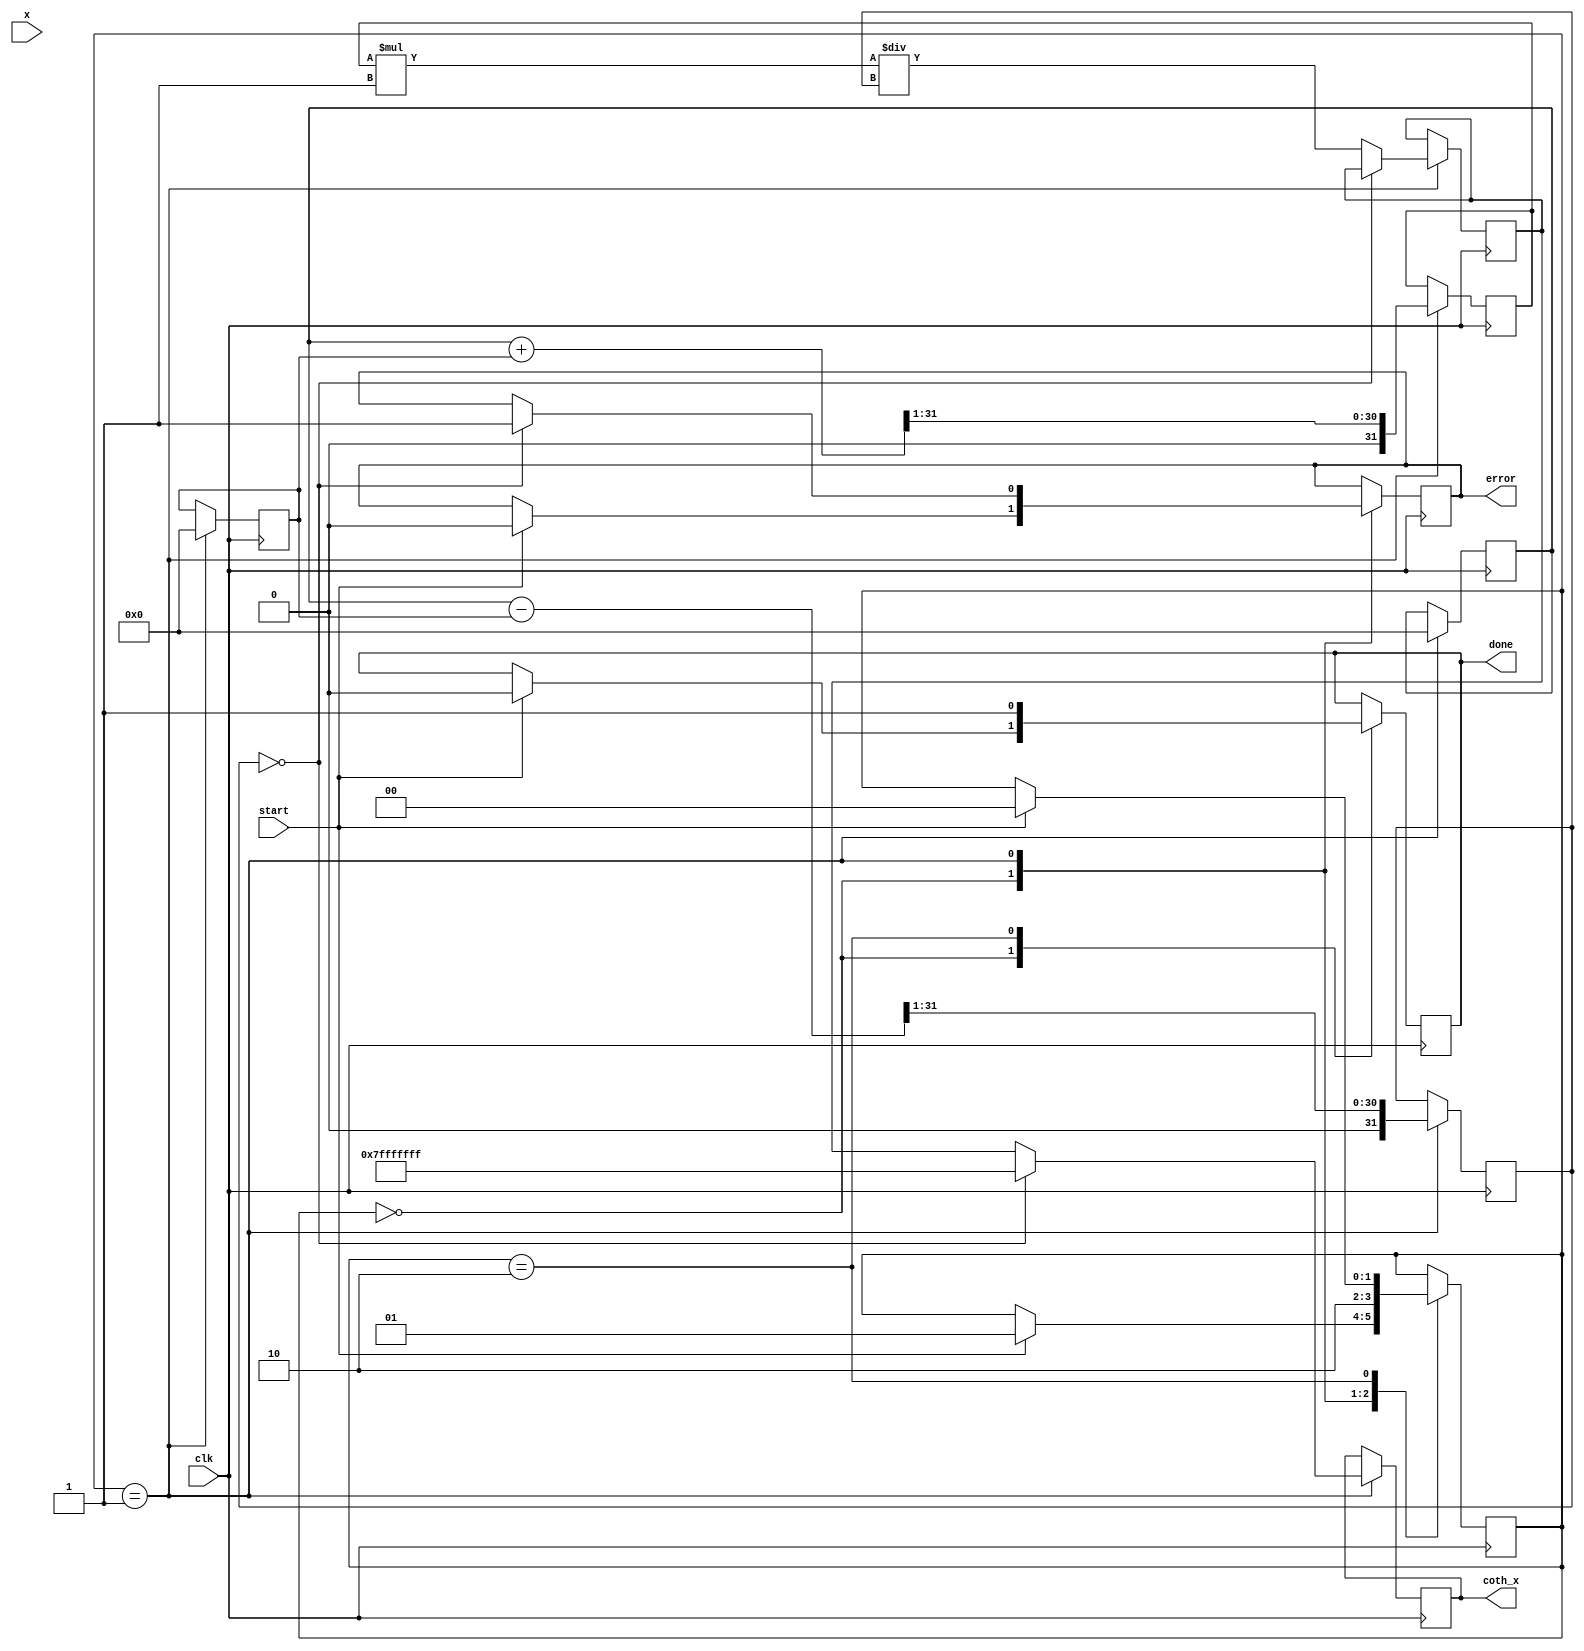
module hyperbolic_cotangent (
    input wire [31:0] x,          // Input signal (fixed-point)
    output reg [31:0] coth_x,     // Output signal (fixed-point)
    input wire clk,               // Clock signal
    input wire start,             // Start signal
    output reg done,              // Done signal
    output reg error              // Error flag for division by zero
);

    // Internal signals
    reg [31:0] exp_x;             // e^x
    reg [31:0] exp_neg_x;         // e^(-x)
    reg [31:0] cosh_x;            // cosh(x)
    reg [31:0] sinh_x;            // sinh(x)
    reg [31:0] temp_coth;         // Temporary coth result

    // Exponential calculation (simple approximation for demonstration)
    function [31:0] exp_func(input [31:0] val);
        // Placeholder for exponential calculation
        // This should be replaced with a proper implementation (CORDIC, LUT, etc.)
        exp_func = 32'h00000000; // Replace with actual calculation
    endfunction

    // State machine for processing
    reg [1:0] state;
    parameter IDLE = 2'b00, CALC = 2'b01, DONE = 2'b10;

    always @(posedge clk) begin
        case (state)
            IDLE: begin
                if (start) begin
                    done <= 0;
                    error <= 0;
                    state <= CALC;
                end
            end

            CALC: begin
                // Calculate e^x and e^(-x)
                exp_x <= exp_func(x);
                exp_neg_x <= exp_func(-x);

                // Calculate cosh(x) and sinh(x)
                cosh_x <= (exp_x + exp_neg_x) >> 1; // Divide by 2
                sinh_x <= (exp_x - exp_neg_x) >> 1; // Divide by 2

                // Check for division by zero
                if (sinh_x == 32'h00000000) begin
                    error <= 1;
                    coth_x <= 32'h7FFFFFFF; // Set to max value (infinity representation)
                end else begin
                    // Calculate coth(x) = cosh(x) / sinh(x)
                    temp_coth <= (cosh_x * 32'h00000001) / sinh_x; // Fixed-point division
                    coth_x <= temp_coth;
                end

                state <= DONE;
            end

            DONE: begin
                done <= 1;
                if (start) begin
                    state <= IDLE; // Reset state if start is asserted again
                end
            end
        endcase
    end

endmodule